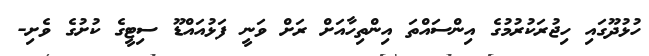
ހުޅުދޫގައި ހިޖުރަކުރުމުގެ އިންސައްތަ އިންތިހާއަށް ރަށް ވަނީ ފަޅުއައްޑޫ ސިޓީގެ ކުށުގެ ވެށި-